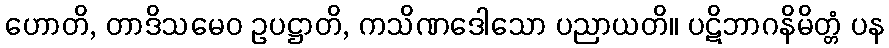
ဟောတိ, တာဒိသမေဝ ဥပဋ္ဌာတိ, ကသိဏဒေါသော ပညာယတိ။ ပဋိဘာဂနိမိတ္တံ ပန